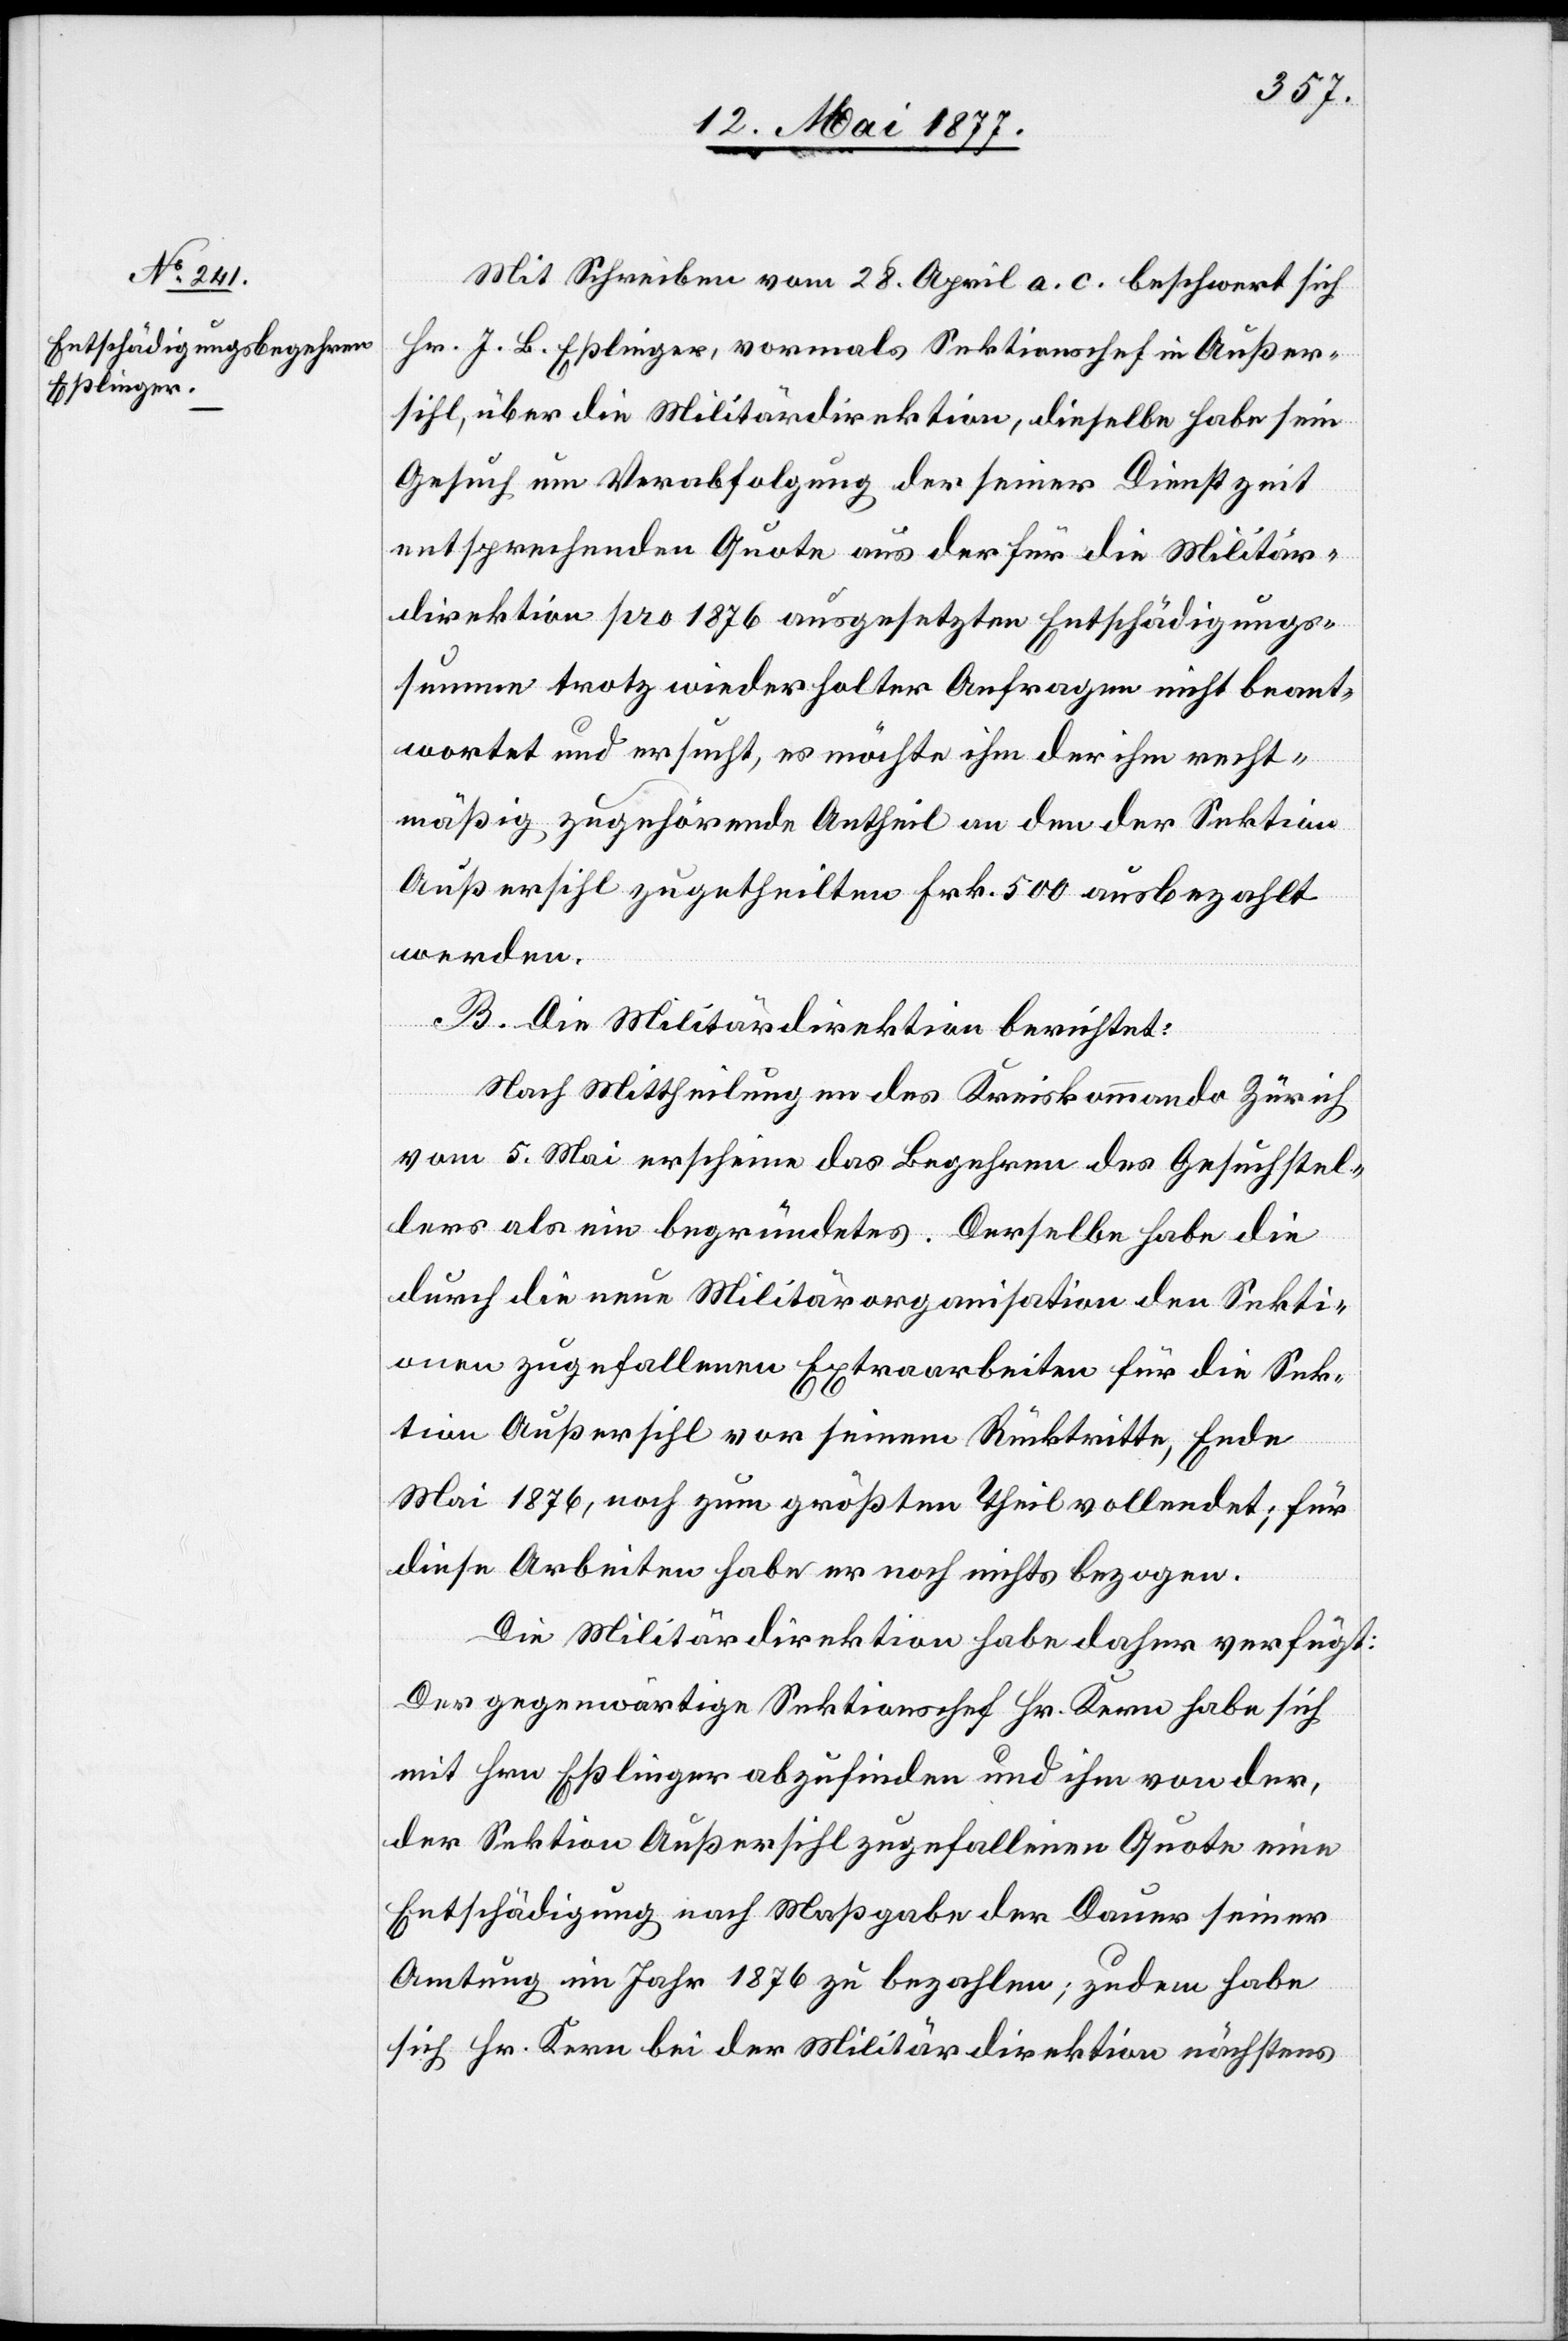
Mit Schreiben vom 28. April a. c. beschwert sich
Hr. J. B. Eßlinger, vormals Sektionschef in Außer¬
sihl, über die Militärdirektion, dieselbe habe sein
Gesuch um Verabfolgung der seiner Dienstzeit
entsprechenden Quote aus der für die Militär¬
direktion pro 1876 ausgesetzten Entschädigungs¬
summen trotz wiederholter Anfragen nicht beant¬
wortet und ersucht, es möchte ihm der ihm recht¬
mäßig zugehörende Antheil an den der Sektion
Außersihl zugetheilten Frk. 500 ausbezahlt
werden.
[si¬
c!] Die Militärdirektion berichtet:
Nach Mittheilungen des Kreiskommando Zürich
vom 5 Mai erscheine das Begehren des Gesuchstel¬
lers als ein begründetes. Derselbe habe die
durch die neue Militärorganisation den Sekti¬
onen zugefallenen Extraarbeiten für die Sek¬
tion Außersihl vor seinem Rücktritte, Ende
Mai 1876, noch zum größten Theil vollendet; für
diese Arbeiten habe er noch nichts bezogen.
Die Militärdirektion habe daher verfügt:
Der gegenwärtige Sektionschef Hr. Kern habe sich
mit Hrn. Eßlinger abzufinden und ihm von der,
der Sektion Außersihl zugefallenen Quote eine
Entschädigung nach Maßgabe der Dauer seiner
Amtung im Jahr 1876 zu bezahlen; zudem habe
sich Hr. Kern bei der Militärdirektion nächstens